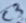
Text: C3